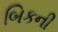
બિકની